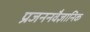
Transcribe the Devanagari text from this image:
प्रजननवैज्ञानिक